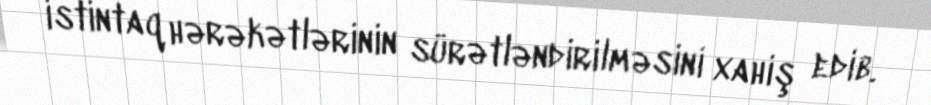
istintaq hərəkətlərinin sürətləndirilməsini xahiş edib.